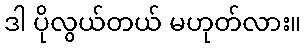
ဒါ ပိုလွယ်တယ် မဟုတ်လား။